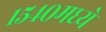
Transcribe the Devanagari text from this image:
१५४०मध्ये